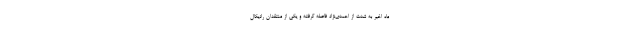
ماه اخیر به شدت از احمدی‌نژاد فاصله گرفته و یکی از منتقدان رادیکال